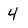
Character: 4